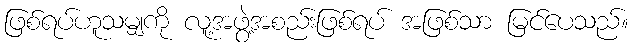
ဖြစ်ရပ်ဟူသမျှကို လူ့အဖွဲ့အစည်းဖြစ်ရပ် အဖြစ်သာ မြင်ပေသည်။